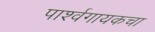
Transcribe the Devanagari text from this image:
पार्श्वगायकचा